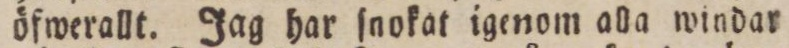
öfwerallt. Jag har ſnokat igenom alla windar